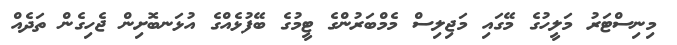
މިނިސްޓަރު މަލީހުގެ މޭގައި މަޖިލިސް މެމްބަރުންގެ ޓީމުގެ ބޭފުޅެއްގެ އުޅަނބޮށިން ޖެހިގެން ތަދެއް